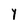
Character: Y